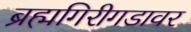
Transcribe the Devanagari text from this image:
ब्रह्मगिरीगडावर